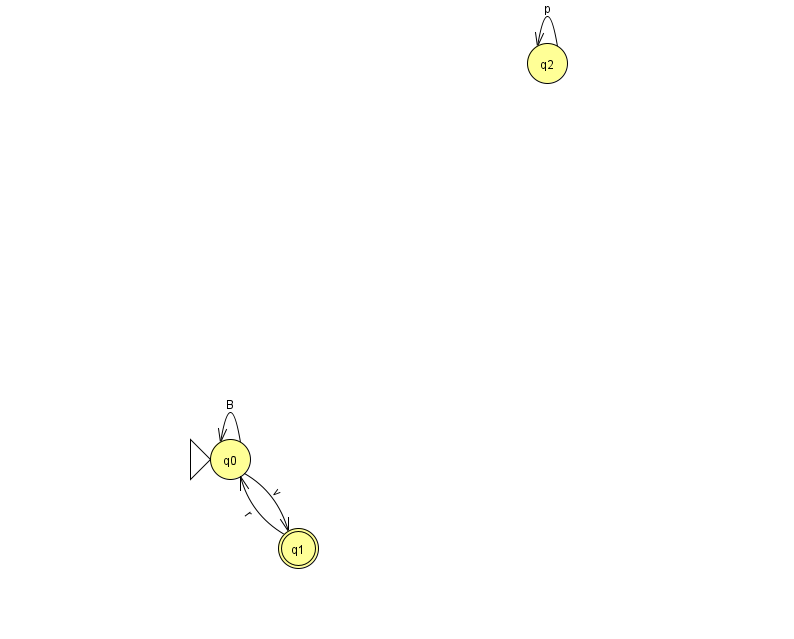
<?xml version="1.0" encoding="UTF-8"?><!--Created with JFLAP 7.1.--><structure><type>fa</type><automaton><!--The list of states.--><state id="0" name="q0"><x>230.0</x><y>446.0</y><initial/></state><state id="1" name="q1"><x>298.0</x><y>535.0</y><final/></state><state id="2" name="q2"><x>547.0</x><y>50.0</y></state><!--The list of transitions.--><transition><from>2</from><to>2</to><read>p</read></transition><transition><from>0</from><to>0</to><read>B</read></transition><transition><from>1</from><to>0</to><read>r</read></transition><transition><from>0</from><to>1</to><read>v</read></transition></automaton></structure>